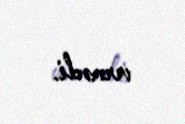
vermədi.